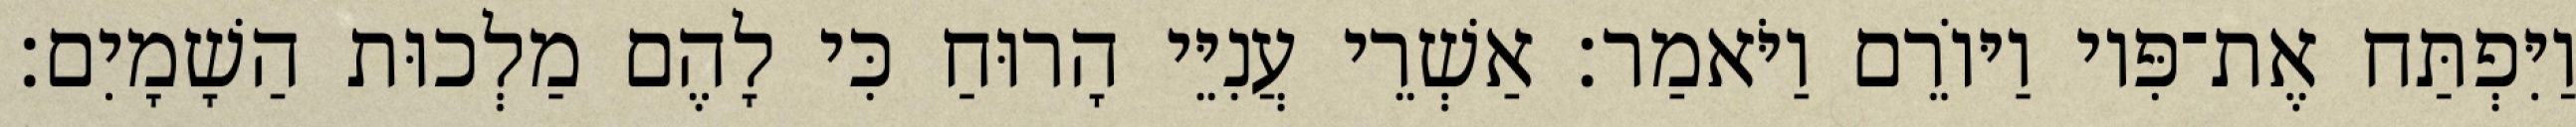
וַיִּפְתַּח אֶת־פִּיו וַיּוֹרֵם וַיֹּאמַר׃ אַשְׁרֵי עֲנִיֵּי הָרוּחַ כִּי לָהֶם מַלְכוּת הַשָׁמָיִם׃